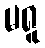
မရူ